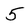
Character: 5